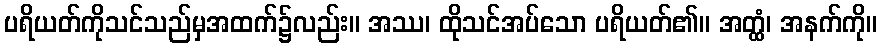
ပရိယတ်ကိုသင်သည်မှအထက်၌လည်း။ အဿ၊ ထိုသင်အပ်သော ပရိယတ်၏။ အတ္ထံ၊ အနက်ကို။